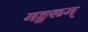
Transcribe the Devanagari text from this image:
मङ्गलम्